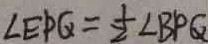
\angle E P Q = \frac { 1 } { 2 } \angle B P Q